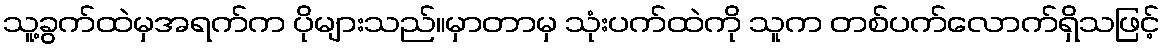
သူ့ခွက်ထဲမှအရက်က ပိုများသည်။မှာတာမှ သုံးပက်ထဲကို သူက တစ်ပက်လောက်ရှိသဖြင့်